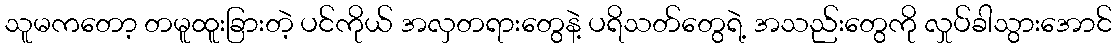
သူမကတော့ တမူထူးခြားတဲ့ ပင်ကိုယ် အလှတရားတွေနဲ့ ပရိသတ်တွေရဲ့ အသည်းတွေကို လှုပ်ခါသွားအောင်